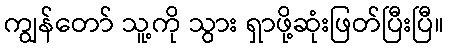
ကျွန်တော် သူ့ကို သွား ရှာဖို့ဆုံးဖြတ်ပြီးပြီ။